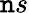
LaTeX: \mathtt{n}s